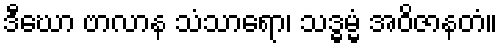
ဒီဃော ဗာလာန သံသာရော၊ သဒ္ဓမ္မံ အဝိဇာနတံ။